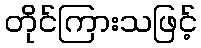
တိုင်ကြားသဖြင့်